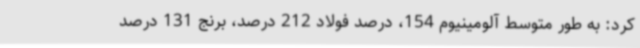
کرد: به طور متوسط آلومینیوم 154، درصد فولاد 212 درصد، برنج 131 درصد